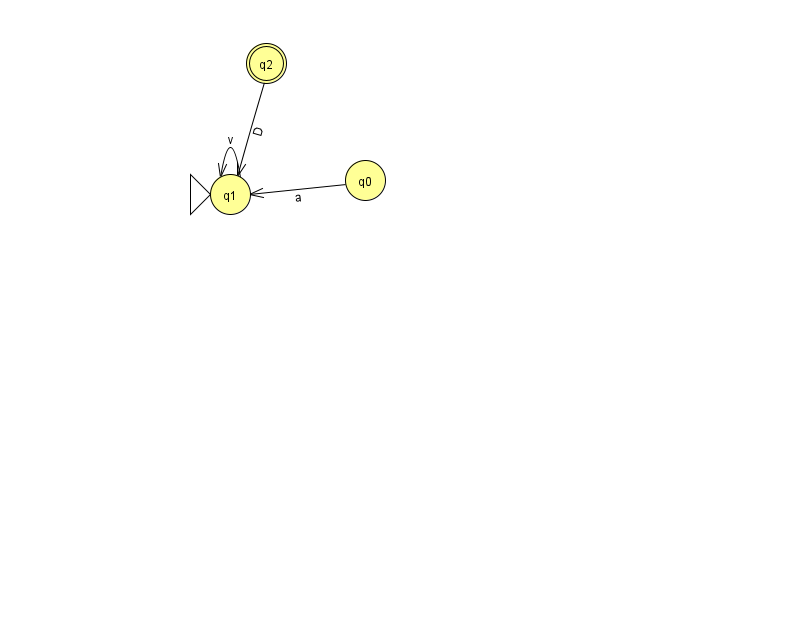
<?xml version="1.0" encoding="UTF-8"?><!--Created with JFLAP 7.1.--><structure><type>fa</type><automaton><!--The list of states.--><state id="0" name="q0"><x>365.0</x><y>167.0</y></state><state id="1" name="q1"><x>230.0</x><y>181.0</y><initial/></state><state id="2" name="q2"><x>266.0</x><y>50.0</y><final/></state><!--The list of transitions.--><transition><from>2</from><to>1</to><read>D</read></transition><transition><from>0</from><to>1</to><read>a</read></transition><transition><from>1</from><to>1</to><read>v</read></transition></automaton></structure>